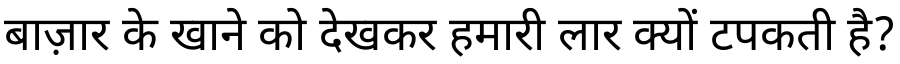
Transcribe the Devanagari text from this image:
बाज़ार के खाने को देखकर हमारी लार क्यों टपकती है?